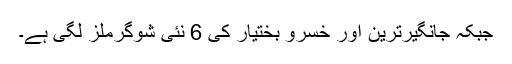
جبکہ جانگیرترین اور خسرو بختیار کی 6 نئی شوگرملز لگی ہے۔